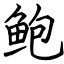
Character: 鲍